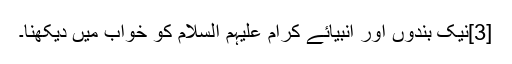
[3]نیک بندوں اور انبیائے کرام علیہم السلام کو خواب میں دیکھنا۔